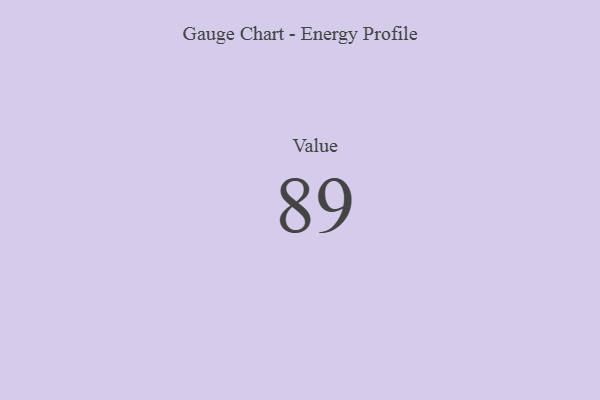
{"axis": {"x": "Metric", "y": "Value"}, "legend": [""], "data": [{"x": "Value", "y": 89, "type": ""}]}